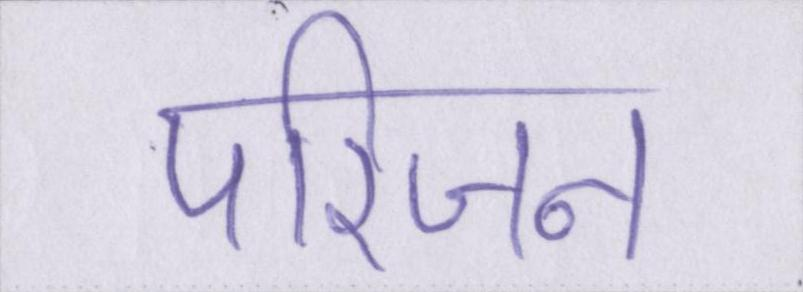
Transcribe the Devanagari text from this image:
परिजन